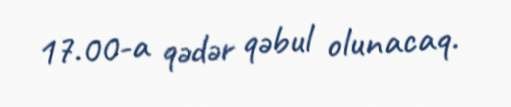
17.00-a qədər qəbul olunacaq.